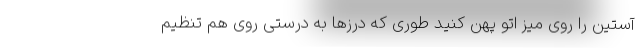
آستین را روی میز اتو پهن کنید طوری که درزها به درستی روی هم تنظیم